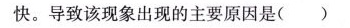
快。导致该现象出现的主要原因是( )